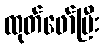
ထုတ်ဖော်ပြီး